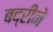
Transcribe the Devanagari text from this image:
बद्रीने